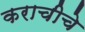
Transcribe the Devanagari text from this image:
कराचीचे